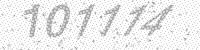
Solution: 101114